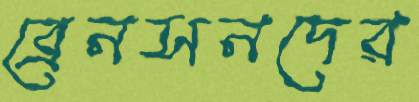
ব্রেনসনদের